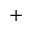
^ +